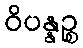
ဝိပန္နဉ္စ